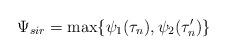
LaTeX: \begin{align*}\Psi_{sir}=\max\{\psi_{1}(\tau_{n}),\psi_{2}(\tau_{n}')\}\end{align*}